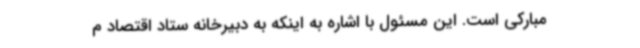
مبارکی است. این مسئول با اشاره به اینکه به دبیرخانه ستاد اقتصاد م